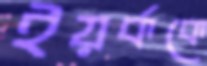
ইয়র্ককে